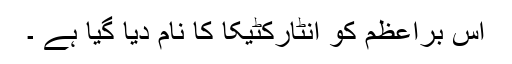
اس براعظم کو انٹارکٹیکا کا نام دیا گیا ہے ۔